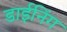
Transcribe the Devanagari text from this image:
डाईनिंग